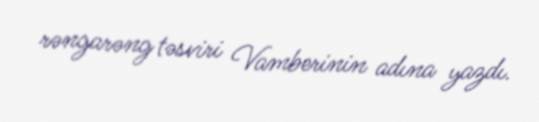
rəngarəng təsviri Vamberinin adına yazdı.